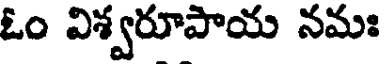
ఓం విశ్వరూపాయ నమః